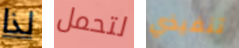
لذا لتحمل تنفيذي